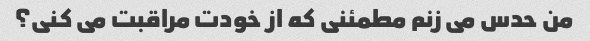
من حدس می زنم مطمئنی که از خودت مراقبت می کنی؟